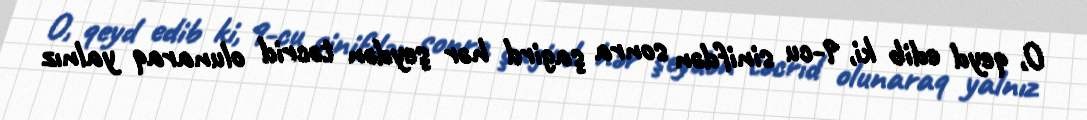
O, qeyd edib ki, 9-cu sinifdən sonra şagird hər şeydən təcrid olunaraq yalnız